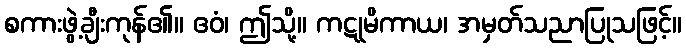
စကားဖွဲ့ချီးကုန်၏။ ဧဝံ၊ ဤသို့။ ကဋုမိကာယ၊ အမှတ်သညာပြုသဖြင့်။